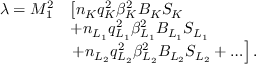
\begin{array} { r } { \begin{array} { r l } { \lambda = M _ { 1 } ^ { 2 } } & { \left[ n _ { K } q _ { K } ^ { 2 } \beta _ { K } ^ { 2 } B _ { K } S _ { K } \right. } \\ & { + n _ { L _ { 1 } } q _ { L _ { 1 } } ^ { 2 } \beta _ { L _ { 1 } } ^ { 2 } B _ { L _ { 1 } } S _ { L _ { 1 } } } \\ & { \left. + n _ { L _ { 2 } } q _ { L _ { 2 } } ^ { 2 } \beta _ { L _ { 2 } } ^ { 2 } B _ { L _ { 2 } } S _ { L _ { 2 } } + \ldots \right] . } \end{array} } \end{array}